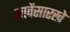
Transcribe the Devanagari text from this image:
भावेंसारखे